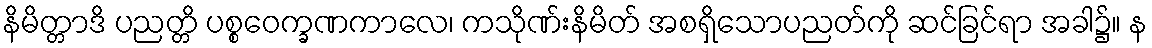
နိမိတ္တာဒိ ပညတ္တိ ပစ္စဝေက္ခဏကာလေ၊ ကသိုဏ်းနိမိတ် အစရှိသောပညတ်ကို ဆင်ခြင်ရာ အခါ၌။ န